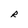
Character: R